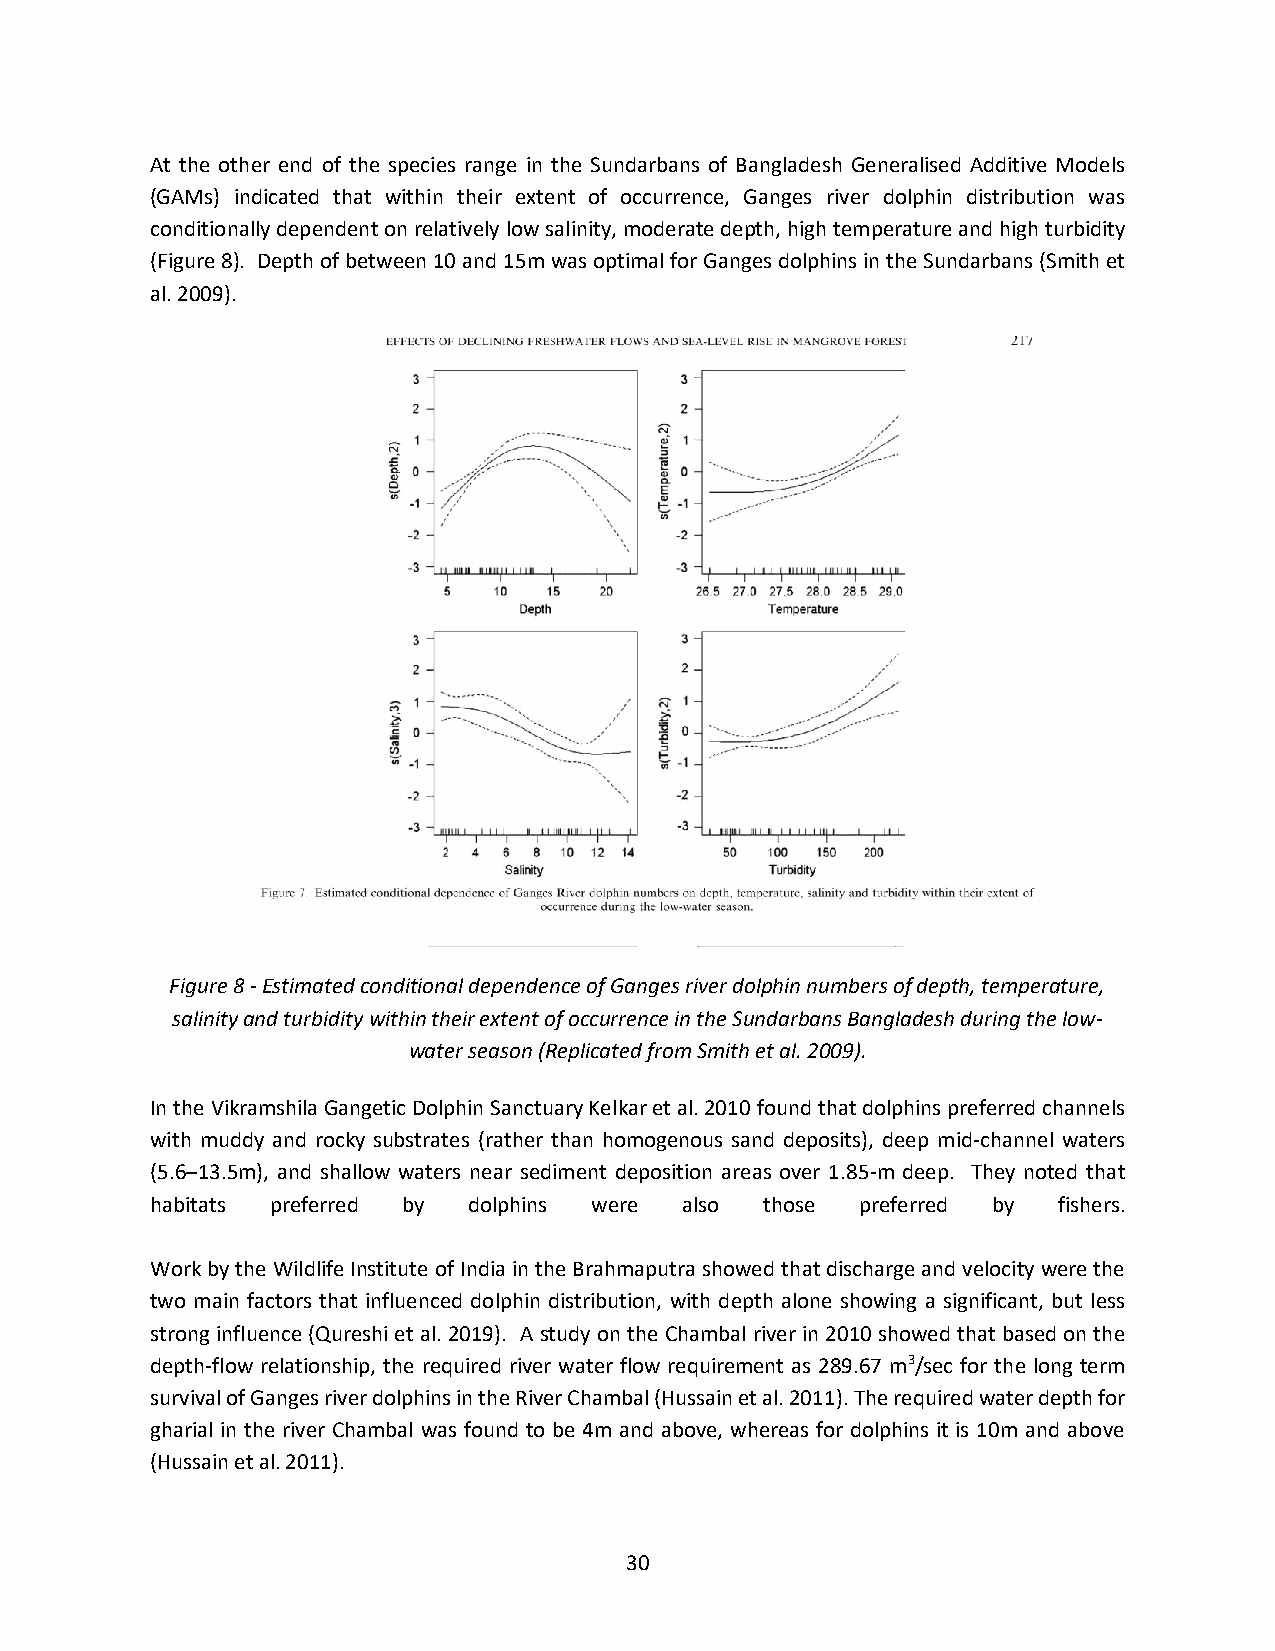
At the other end of the species range in the Sundarbans of Bangladesh Generalised Additive Models
 (GAMs) indicated that within their extent of occurrence, Ganges river dolphin distribution was
 conditionally dependent on relatively low salinity, moderate depth, high temperature and high turbidity
 (Figure 8). Depth of between 10 and 15m was optimal for Ganges dolphins in the Sundarbans (Smith et
 al. 2009).
 Figure 8 - Estimated conditional dependence of Ganges river dolphin numbers of depth, temperature,
 salinity and turbidity within their extent of occurrence in the Sundarbans Bangladesh during the low-
 water season (Replicated from Smith et al. 2009).
 In the Vikramshila Gangetic Dolphin Sanctuary Kelkar et al. 2010 found that dolphins preferred channels
 with muddy and rocky substrates (rather than homogenous sand deposits), deep mid-channel waters
 (5.6–13.5m), and shallow waters near sediment deposition areas over 1.85-m deep. They noted that
 habitats preferred by dolphins were also those preferred by fishers.
 Work by the Wildlife Institute of India in the Brahmaputra showed that discharge and velocity were the
 two main factors that influenced dolphin distribution, with depth alone showing a significant, but less
 strong influence (Qureshi et al. 2019). A study on the Chambal river in 2010 showed that based on the
 depth-flow relationship, the required river water flow requirement as 289.67 m3/sec for the long term
 survival of Ganges river dolphins in the River Chambal (Hussain et al. 2011). The required water depth for
 gharial in the river Chambal was found to be 4m and above, whereas for dolphins it is 10m and above
 (Hussain et al. 2011).
 30